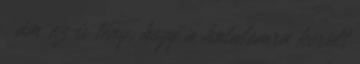
, ám az is tény, hogy a hatalomra került